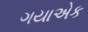
ગયાએક